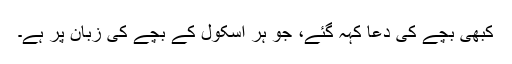
کبھی بچے کی دعا کہہ گئے، جو ہر اسکول کے بچے کی زبان پر ہے۔